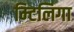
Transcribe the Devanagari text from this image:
म्टिलिगा